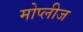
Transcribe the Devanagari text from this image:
मोप्लीज